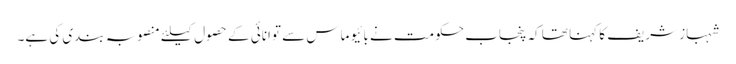
شہباز شریف کا کہنا تھا کہ پنجاب حکومت نے بائیو ماس سے توانائی کے حصول کیلئے منصوبہ بندی کی ہے۔